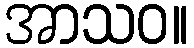
အာသဝ။